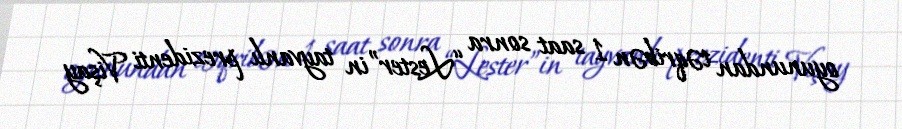
oyunundan təqribən 1 saat sonra “Lester”in tayvanlı prezidenti Vişay